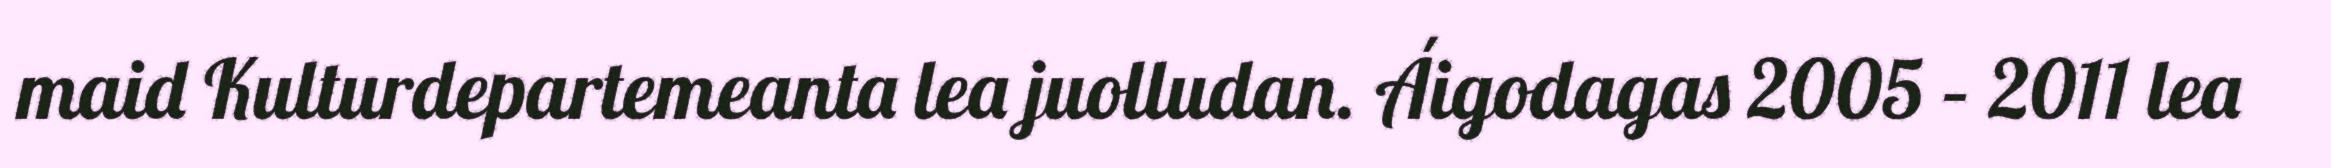
maid Kulturdepartemeanta lea juolludan. Áigodagas 2005 – 2011 lea